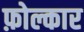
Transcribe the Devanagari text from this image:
फ़ोल्कार